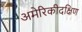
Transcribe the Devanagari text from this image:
अमेरिकीदक्षिण